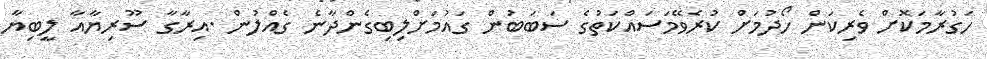
ހަގުރާމަކޮށް ވެރިކަން ހޯދުމަށް ކުރެވޭމަސައްކަތުގެ ސަބަބުން ގައުމަށްލިބިގެންދާނެ ގެއްލުން .އިރާގާ ސޫރިޔާއާ ލީބިޔާ